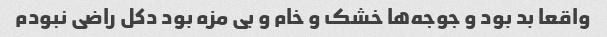
واقعا بد بود و جوجه‌ها خشک و خام و بی مزه بود دکل راضی نبودم